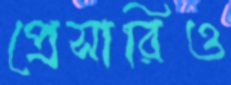
প্রেসারিও